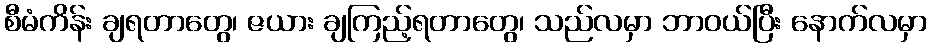
စီမံကိန်း ချရတာတွေ၊ ဇယား ချကြည့်ရတာတွေ၊ သည်လမှာ ဘာဝယ်ပြီး နောက်လမှာ